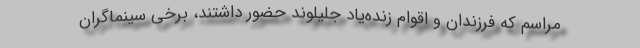
مراسم که فرزندان و اقوام زنده‌یاد جلیلوند حضور داشتند، برخی سینماگران